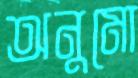
অনুমো